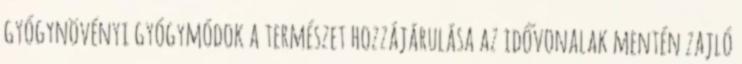
gyógynövényi gyógymódok a természet hozzájárulása az idővonalak mentén zajló